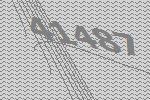
41487